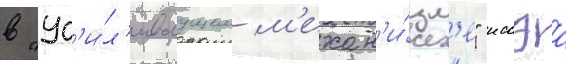
в "ус'и́л'иваущем м'ехан'и́зм'е" иссэа